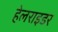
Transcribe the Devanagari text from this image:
हेलराइडर